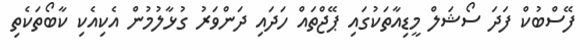
ފޭސްބުކް ފަދަ ސޯޝަލް މީޑިއާތަކުގައި ޕޭޖްތައް ހަދައި ދަންވަރު ގުޅާލުމުން އެކިއެކި ކާބޯތަކެތި